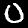
Label: 0